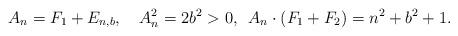
LaTeX: \begin{align*}A_n=F_1+E_{n,b},\,\,\, \,\,\, A_n^ 2=2b^ 2>0,\,\,\, A_n\cdot (F_1 + F_2)=n^ 2+b^ 2+1 .\end{align*}